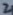
Text: 2